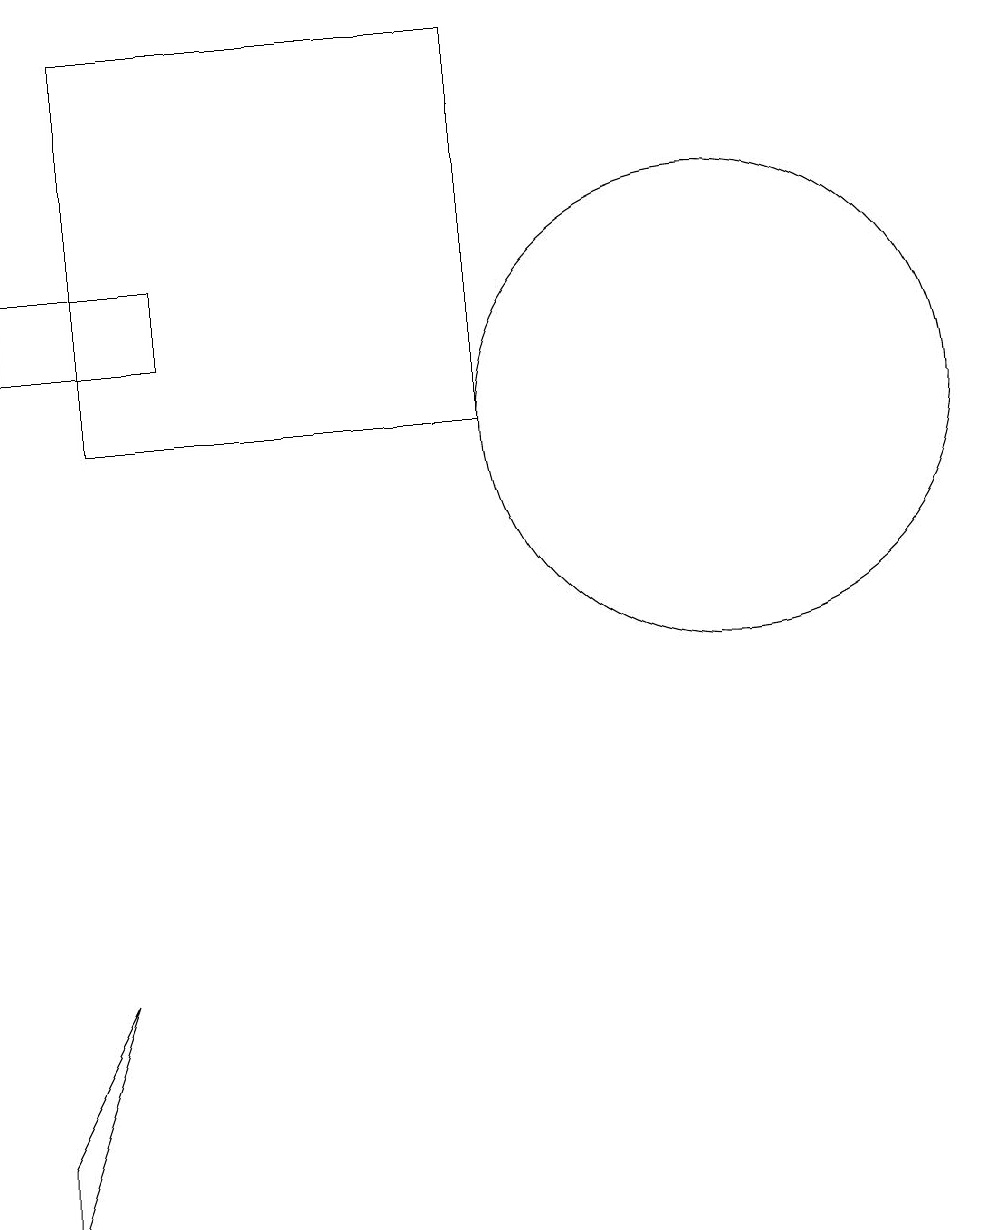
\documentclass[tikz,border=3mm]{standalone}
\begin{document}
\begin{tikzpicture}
\draw (7,15) rectangle (2,10);
\draw (1,11) rectangle (3,12);
\draw (2,3) -- (1,1) -- (1,0) -- cycle;
\draw (10,10) circle (3);
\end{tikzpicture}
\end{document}